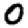
Digit: 0